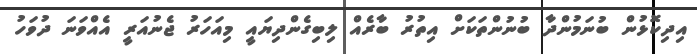
އިދިކޮޅުން ބުނަމުންދާ ބުނުންތަކަށް އިތުރު ބާރެއް ލިބިގެންދިޔައީ މިއަހަރު ޖެނުއަރީ އެއްވަނަ ދުވަހު